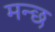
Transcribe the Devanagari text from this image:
मन्छ